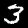
Digit: 3